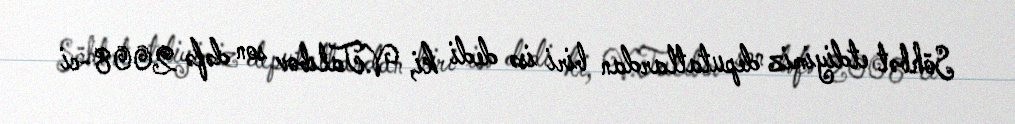
Söhbət etdiyimiz deputatlardan biri isə dedi ki, V.Talıbov son dəfə 2008-ci